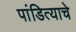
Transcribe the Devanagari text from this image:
पांडित्याचे